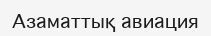
Азаматтық авиация